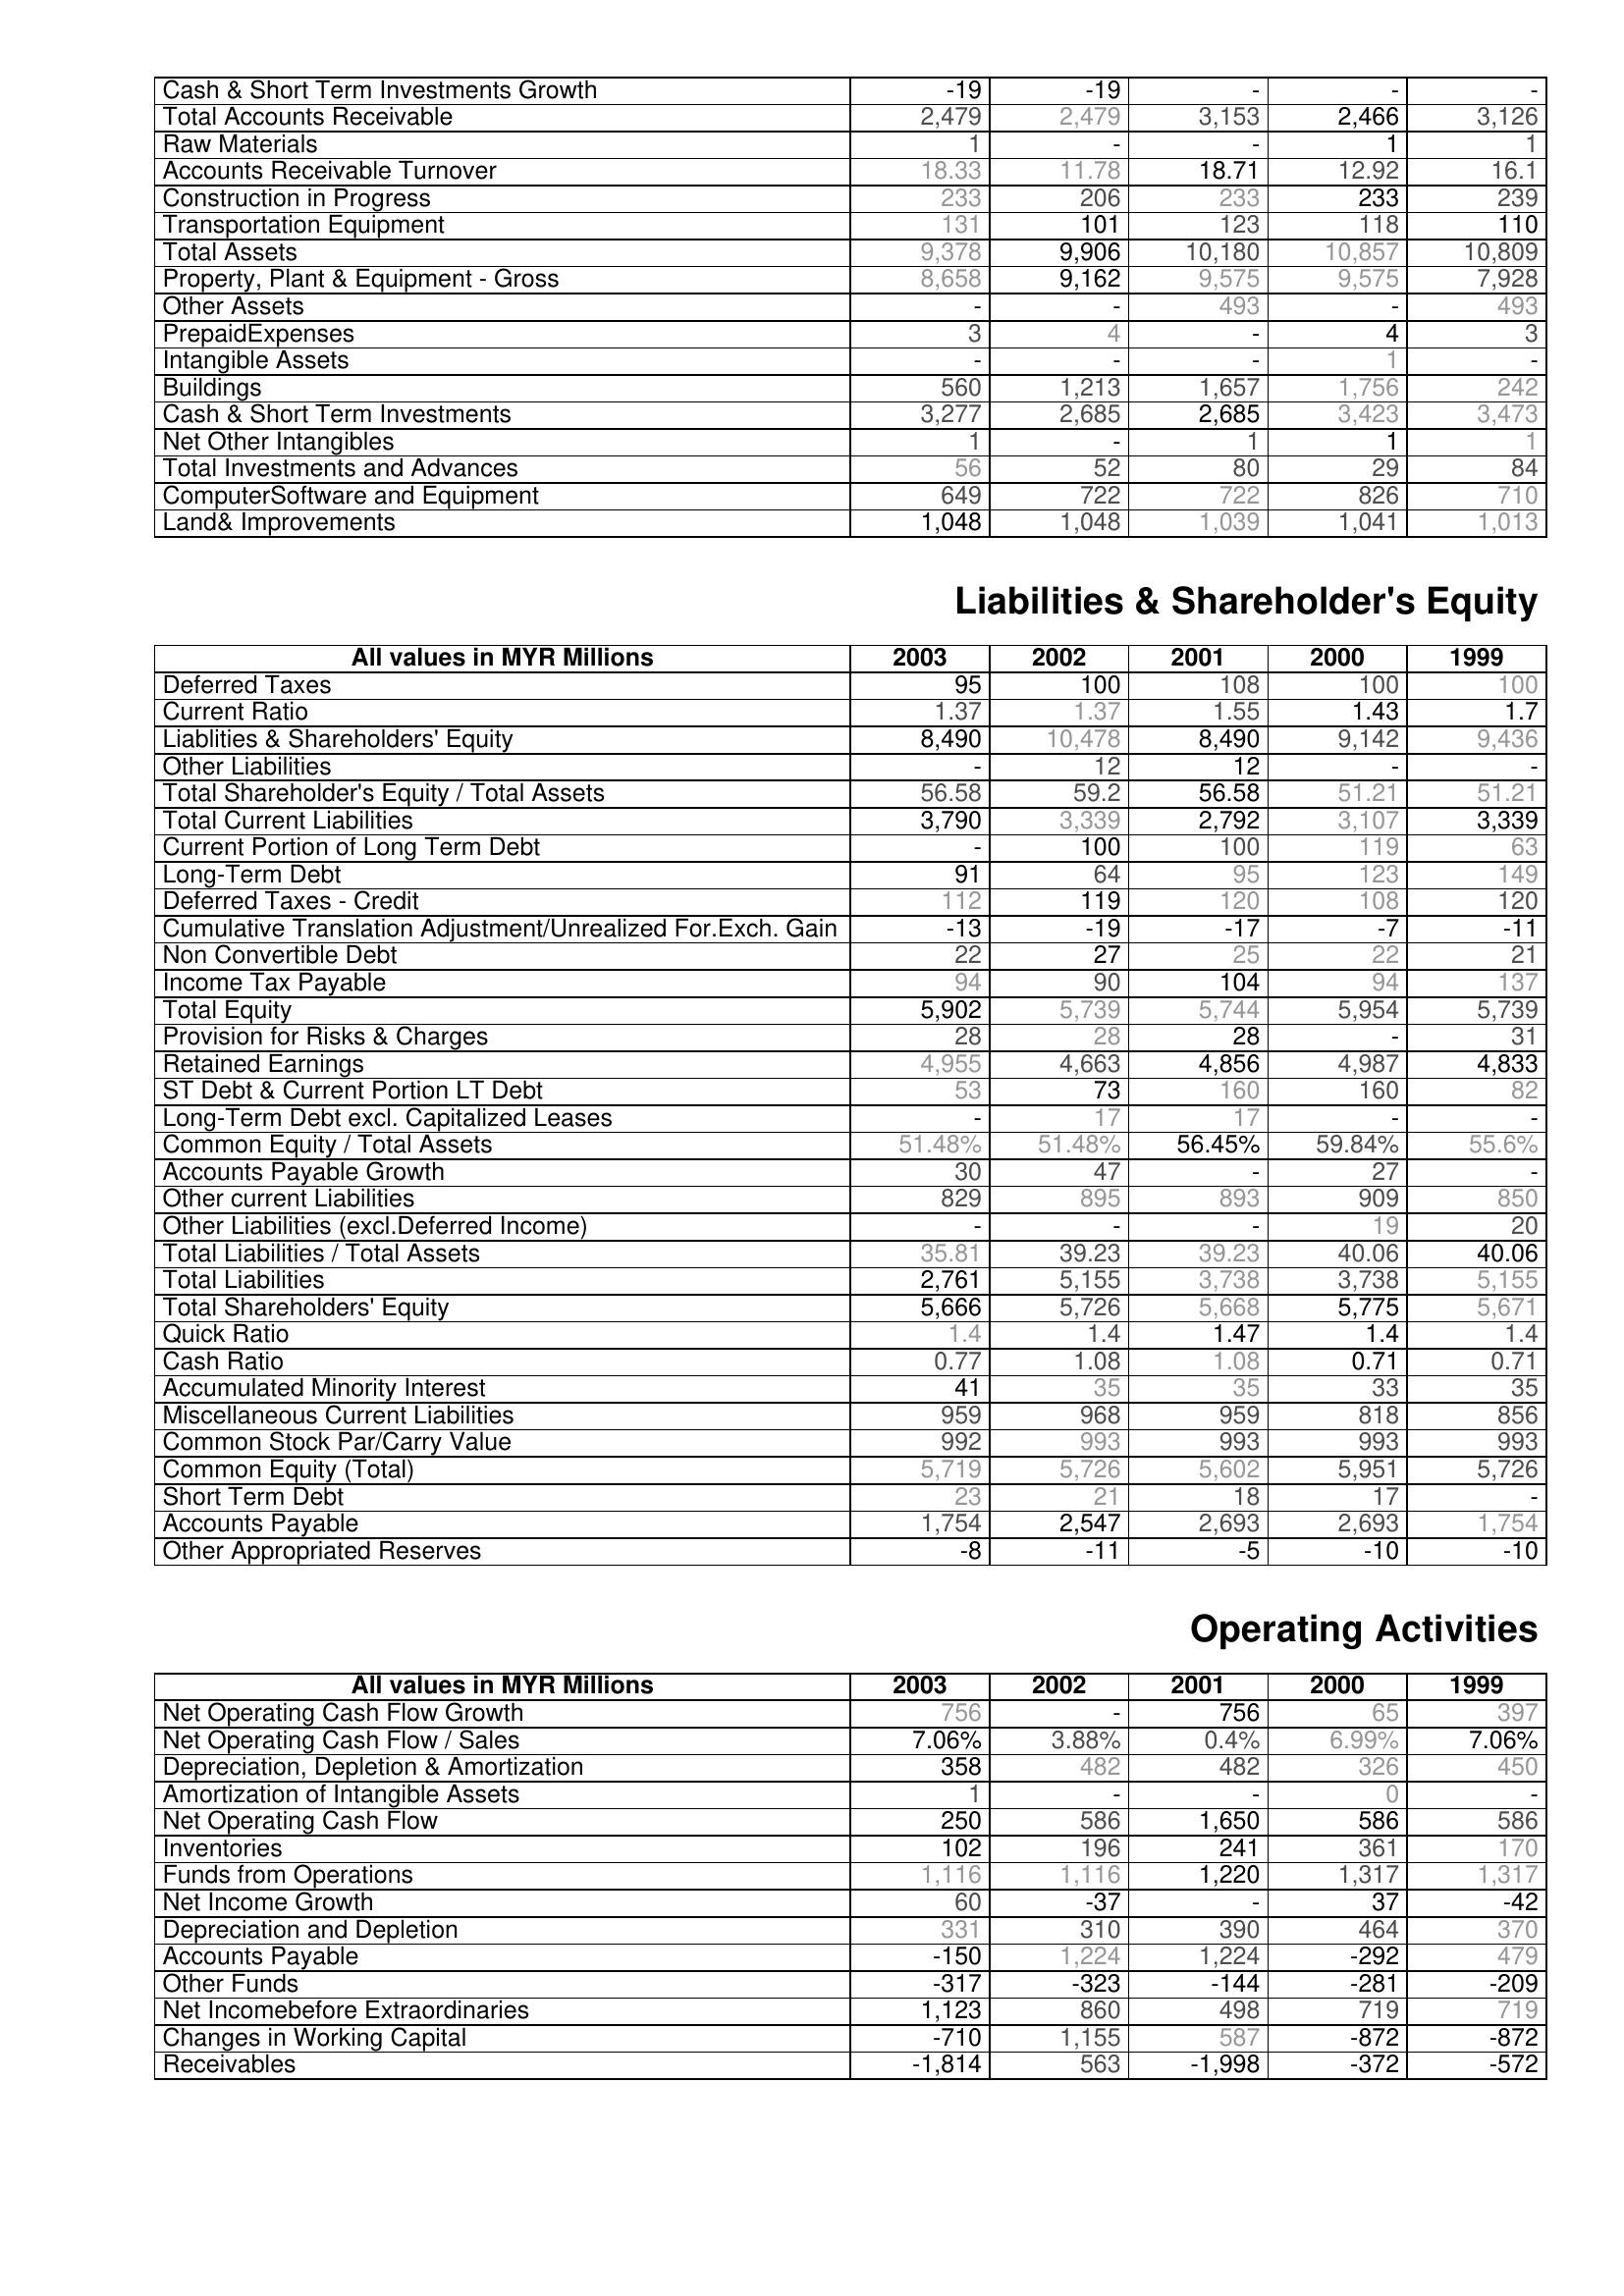
2003: Assets: Cash & Short Term Investments Growth: -19
Total Accounts Receivable: 2,479
Raw Materials: 1
Accounts Receivable Turnover: 18.33
Construction in Progress: 233
Transportation Equipment: 131
Total Assets: 9,378
Property, Plant & Equipment - Gross : 8,658
Other Assets: -
PrepaidExpenses: 3
Intangible Assets: -
Buildings: 560
Cash & Short Term Investments: 3,277
Net Other Intangibles: 1
Total Investments and Advances: 56
ComputerSoftware and Equipment: 649
Land& Improvements: 1,048
Liabilities & Shareholder's Equity: Deferred Taxes: 95
Current Ratio: 1.37
Liablities & Shareholders' Equity: 8,490
Other Liabilities: -
Total Shareholder's Equity / Total Assets: 56.58
Total Current Liabilities: 3,790
Current Portion of Long Term Debt: -
Long-Term Debt: 91
Deferred Taxes - Credit: 112
Cumulative Translation Adjustment/Unrealized For.Exch. Gain: -13
Non Convertible Debt: 22
Income Tax Payable: 94
Total Equity: 5,902
Provision for Risks & Charges: 28
Retained Earnings: 4,955
ST Debt & Current Portion LT Debt: 53
Long-Term Debt excl. Capitalized Leases: -
Common Equity / Total Assets: 51.48%
Accounts Payable Growth: 30
Other current Liabilities: 829
Other Liabilities (excl.Deferred Income): -
Total Liabilities / Total Assets: 35.81
Total Liabilities: 2,761
Total Shareholders' Equity: 5,666
Quick Ratio: 1.4
Cash Ratio: 0.77
Accumulated Minority Interest: 41
Miscellaneous Current Liabilities: 959
Common Stock Par/Carry Value: 992
Common Equity (Total): 5,719
Short Term Debt: 23
Accounts Payable: 1,754
Other Appropriated Reserves: -8
Operating Activities: Net Operating Cash Flow Growth: 756
Net Operating Cash Flow / Sales: 7.06%
Depreciation, Depletion & Amortization: 358
Amortization of Intangible Assets: 1
Net Operating Cash Flow: 250
Inventories: 102
Funds from Operations: 1,116
Net Income Growth: 60
Depreciation and Depletion: 331
Accounts Payable: -150
Other Funds: -317
Net Incomebefore Extraordinaries: 1,123
Changes in Working Capital: -710
Receivables: -1,814
2002: Assets: Cash & Short Term Investments Growth: -19
Total Accounts Receivable: 2,479
Raw Materials: -
Accounts Receivable Turnover: 11.78
Construction in Progress: 206
Transportation Equipment: 101
Total Assets: 9,906
Property, Plant & Equipment - Gross : 9,162
Other Assets: -
PrepaidExpenses: 4
Intangible Assets: -
Buildings: 1,213
Cash & Short Term Investments: 2,685
Net Other Intangibles: -
Total Investments and Advances: 52
ComputerSoftware and Equipment: 722
Land& Improvements: 1,048
Liabilities & Shareholder's Equity: Deferred Taxes: 100
Current Ratio: 1.37
Liablities & Shareholders' Equity: 10,478
Other Liabilities: 12
Total Shareholder's Equity / Total Assets: 59.2
Total Current Liabilities: 3,339
Current Portion of Long Term Debt: 100
Long-Term Debt: 64
Deferred Taxes - Credit: 119
Cumulative Translation Adjustment/Unrealized For.Exch. Gain: -19
Non Convertible Debt: 27
Income Tax Payable: 90
Total Equity: 5,739
Provision for Risks & Charges: 28
Retained Earnings: 4,663
ST Debt & Current Portion LT Debt: 73
Long-Term Debt excl. Capitalized Leases: 17
Common Equity / Total Assets: 51.48%
Accounts Payable Growth: 47
Other current Liabilities: 895
Other Liabilities (excl.Deferred Income): -
Total Liabilities / Total Assets: 39.23
Total Liabilities: 5,155
Total Shareholders' Equity: 5,726
Quick Ratio: 1.4
Cash Ratio: 1.08
Accumulated Minority Interest: 35
Miscellaneous Current Liabilities: 968
Common Stock Par/Carry Value: 993
Common Equity (Total): 5,726
Short Term Debt: 21
Accounts Payable: 2,547
Other Appropriated Reserves: -11
Operating Activities: Net Operating Cash Flow Growth: -
Net Operating Cash Flow / Sales: 3.88%
Depreciation, Depletion & Amortization: 482
Amortization of Intangible Assets: -
Net Operating Cash Flow: 586
Inventories: 196
Funds from Operations: 1,116
Net Income Growth: -37
Depreciation and Depletion: 310
Accounts Payable: 1,224
Other Funds: -323
Net Incomebefore Extraordinaries: 860
Changes in Working Capital: 1,155
Receivables: 563
2001: Assets: Cash & Short Term Investments Growth: -
Total Accounts Receivable: 3,153
Raw Materials: -
Accounts Receivable Turnover: 18.71
Construction in Progress: 233
Transportation Equipment: 123
Total Assets: 10,180
Property, Plant & Equipment - Gross : 9,575
Other Assets: 493
PrepaidExpenses: -
Intangible Assets: -
Buildings: 1,657
Cash & Short Term Investments: 2,685
Net Other Intangibles: 1
Total Investments and Advances: 80
ComputerSoftware and Equipment: 722
Land& Improvements: 1,039
Liabilities & Shareholder's Equity: Deferred Taxes: 108
Current Ratio: 1.55
Liablities & Shareholders' Equity: 8,490
Other Liabilities: 12
Total Shareholder's Equity / Total Assets: 56.58
Total Current Liabilities: 2,792
Current Portion of Long Term Debt: 100
Long-Term Debt: 95
Deferred Taxes - Credit: 120
Cumulative Translation Adjustment/Unrealized For.Exch. Gain: -17
Non Convertible Debt: 25
Income Tax Payable: 104
Total Equity: 5,744
Provision for Risks & Charges: 28
Retained Earnings: 4,856
ST Debt & Current Portion LT Debt: 160
Long-Term Debt excl. Capitalized Leases: 17
Common Equity / Total Assets: 56.45%
Accounts Payable Growth: -
Other current Liabilities: 893
Other Liabilities (excl.Deferred Income): -
Total Liabilities / Total Assets: 39.23
Total Liabilities: 3,738
Total Shareholders' Equity: 5,668
Quick Ratio: 1.47
Cash Ratio: 1.08
Accumulated Minority Interest: 35
Miscellaneous Current Liabilities: 959
Common Stock Par/Carry Value: 993
Common Equity (Total): 5,602
Short Term Debt: 18
Accounts Payable: 2,693
Other Appropriated Reserves: -5
Operating Activities: Net Operating Cash Flow Growth: 756
Net Operating Cash Flow / Sales: 0.4%
Depreciation, Depletion & Amortization: 482
Amortization of Intangible Assets: -
Net Operating Cash Flow: 1,650
Inventories: 241
Funds from Operations: 1,220
Net Income Growth: -
Depreciation and Depletion: 390
Accounts Payable: 1,224
Other Funds: -144
Net Incomebefore Extraordinaries: 498
Changes in Working Capital: 587
Receivables: -1,998
2000: Assets: Cash & Short Term Investments Growth: -
Total Accounts Receivable: 2,466
Raw Materials: 1
Accounts Receivable Turnover: 12.92
Construction in Progress: 233
Transportation Equipment: 118
Total Assets: 10,857
Property, Plant & Equipment - Gross : 9,575
Other Assets: -
PrepaidExpenses: 4
Intangible Assets: 1
Buildings: 1,756
Cash & Short Term Investments: 3,423
Net Other Intangibles: 1
Total Investments and Advances: 29
ComputerSoftware and Equipment: 826
Land& Improvements: 1,041
Liabilities & Shareholder's Equity: Deferred Taxes: 100
Current Ratio: 1.43
Liablities & Shareholders' Equity: 9,142
Other Liabilities: -
Total Shareholder's Equity / Total Assets: 51.21
Total Current Liabilities: 3,107
Current Portion of Long Term Debt: 119
Long-Term Debt: 123
Deferred Taxes - Credit: 108
Cumulative Translation Adjustment/Unrealized For.Exch. Gain: -7
Non Convertible Debt: 22
Income Tax Payable: 94
Total Equity: 5,954
Provision for Risks & Charges: -
Retained Earnings: 4,987
ST Debt & Current Portion LT Debt: 160
Long-Term Debt excl. Capitalized Leases: -
Common Equity / Total Assets: 59.84%
Accounts Payable Growth: 27
Other current Liabilities: 909
Other Liabilities (excl.Deferred Income): 19
Total Liabilities / Total Assets: 40.06
Total Liabilities: 3,738
Total Shareholders' Equity: 5,775
Quick Ratio: 1.4
Cash Ratio: 0.71
Accumulated Minority Interest: 33
Miscellaneous Current Liabilities: 818
Common Stock Par/Carry Value: 993
Common Equity (Total): 5,951
Short Term Debt: 17
Accounts Payable: 2,693
Other Appropriated Reserves: -10
Operating Activities: Net Operating Cash Flow Growth: 65
Net Operating Cash Flow / Sales: 6.99%
Depreciation, Depletion & Amortization: 326
Amortization of Intangible Assets: 0
Net Operating Cash Flow: 586
Inventories: 361
Funds from Operations: 1,317
Net Income Growth: 37
Depreciation and Depletion: 464
Accounts Payable: -292
Other Funds: -281
Net Incomebefore Extraordinaries: 719
Changes in Working Capital: -872
Receivables: -372
1999: Assets: Cash & Short Term Investments Growth: -
Total Accounts Receivable: 3,126
Raw Materials: 1
Accounts Receivable Turnover: 16.1
Construction in Progress: 239
Transportation Equipment: 110
Total Assets: 10,809
Property, Plant & Equipment - Gross : 7,928
Other Assets: 493
PrepaidExpenses: 3
Intangible Assets: -
Buildings: 242
Cash & Short Term Investments: 3,473
Net Other Intangibles: 1
Total Investments and Advances: 84
ComputerSoftware and Equipment: 710
Land& Improvements: 1,013
Liabilities & Shareholder's Equity: Deferred Taxes: 100
Current Ratio: 1.7
Liablities & Shareholders' Equity: 9,436
Other Liabilities: -
Total Shareholder's Equity / Total Assets: 51.21
Total Current Liabilities: 3,339
Current Portion of Long Term Debt: 63
Long-Term Debt: 149
Deferred Taxes - Credit: 120
Cumulative Translation Adjustment/Unrealized For.Exch. Gain: -11
Non Convertible Debt: 21
Income Tax Payable: 137
Total Equity: 5,739
Provision for Risks & Charges: 31
Retained Earnings: 4,833
ST Debt & Current Portion LT Debt: 82
Long-Term Debt excl. Capitalized Leases: -
Common Equity / Total Assets: 55.6%
Accounts Payable Growth: -
Other current Liabilities: 850
Other Liabilities (excl.Deferred Income): 20
Total Liabilities / Total Assets: 40.06
Total Liabilities: 5,155
Total Shareholders' Equity: 5,671
Quick Ratio: 1.4
Cash Ratio: 0.71
Accumulated Minority Interest: 35
Miscellaneous Current Liabilities: 856
Common Stock Par/Carry Value: 993
Common Equity (Total): 5,726
Short Term Debt: -
Accounts Payable: 1,754
Other Appropriated Reserves: -10
Operating Activities: Net Operating Cash Flow Growth: 397
Net Operating Cash Flow / Sales: 7.06%
Depreciation, Depletion & Amortization: 450
Amortization of Intangible Assets: -
Net Operating Cash Flow: 586
Inventories: 170
Funds from Operations: 1,317
Net Income Growth: -42
Depreciation and Depletion: 370
Accounts Payable: 479
Other Funds: -209
Net Incomebefore Extraordinaries: 719
Changes in Working Capital: -872
Receivables: -572